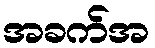
အခက်အ